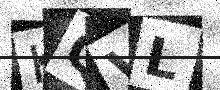
Text: KQVL